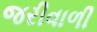
જરીવાળી